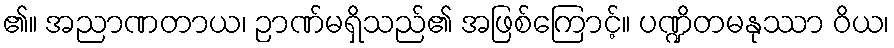
၏။ အညာဏတာယ၊ ဉာဏ်မရှိသည်၏ အဖြစ်ကြောင့်။ ပဏ္ဍိတမနုဿာ ဝိယ၊